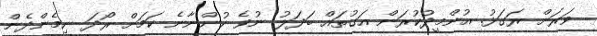
ވަރަށް ރަގަޅު. އުންމީދުކުރަން އަގުތައް ބަދަލު ނުވެ ހުންނާނެ ކަމަށް ރޯދަ ނިމެންދެން